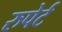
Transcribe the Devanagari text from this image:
रुपेर्ट